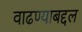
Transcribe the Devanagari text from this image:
वाढण्याबद्दल